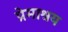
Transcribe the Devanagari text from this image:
प्रेमाश्रय